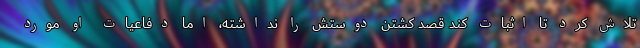
تلاش کرد تا اثبات کند قصد کشتن دوستش را نداشته، اما دفاعیات او مورد